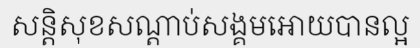
សន្តិសុខសណ្តាប់សង្គមអោយបានល្អ